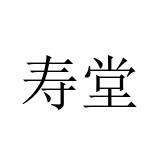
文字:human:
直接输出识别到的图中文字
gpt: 寿堂